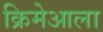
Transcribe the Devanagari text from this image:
क्रिमेआला